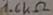
Text: 1.6KΩ